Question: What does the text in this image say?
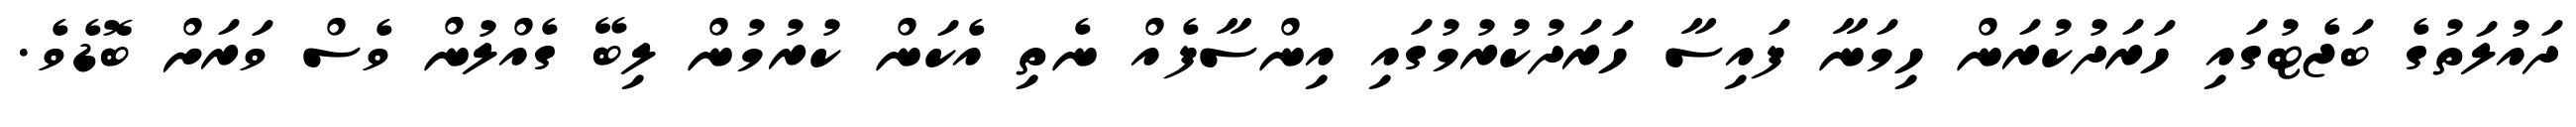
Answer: ދައުލަތުގެ ބަޖެޓުގައި ހަރަދުކުރަން ހިމަނާ ފައިސާ ހަރަދުކުރުމުގައި އިންސާފެއް ނެތި އެކަން ކުރުމުން ލިބޭ ގެއްލުން ވެސް ވަރަށް ބޮޑެވެ.